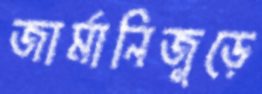
জার্মানিজুড়ে